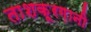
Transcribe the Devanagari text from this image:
ताशक़ूरग़ानी